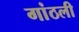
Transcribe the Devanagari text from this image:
गांठली